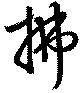
払